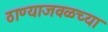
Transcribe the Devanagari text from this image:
ठाण्याजवळच्या